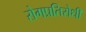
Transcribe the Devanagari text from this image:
रोगप्रतिरोधी